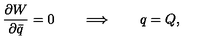
{ \frac { \partial W } { \partial \bar { q } } } = 0 \qquad \Longrightarrow \qquad q = Q ,